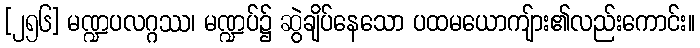
[၂၅၆] မဏ္ဍပလဂ္ဂဿ၊ မဏ္ဍပ်၌ ဆွဲချိပ်နေသော ပထမယောကျ်ား၏လည်းကောင်း။